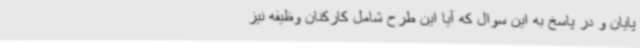
پایان و در پاسخ به این سوال که آیا این طرح شامل کارکنان وظیفه نیز